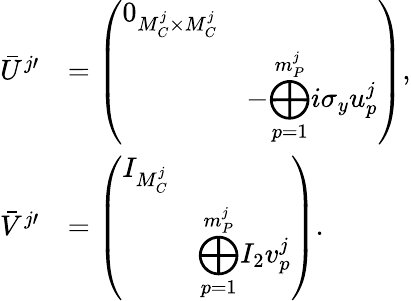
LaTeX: \begin{array}{rl}{\bar{U}^{j\prime}}&{=\left(\begin{array}{ll}{0_{M_{C}^{j}\times M_{C}^{j}}}&\\ &{-\displaystyle{\bigoplus_{p=1}^{m_{P}^{j}}}i\sigma_{y}u_{p}^{j}}\end{array}\right),}\\ {\bar{V}^{j\prime}}&{=\left(\begin{array}{ll}{I_{M_{C}^{j}}}&\\ &{\displaystyle{\bigoplus_{p=1}^{m_{P}^{j}}}I_{2}v_{p}^{j}}\end{array}\right).}\end{array}